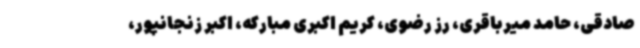
صادقی، حامد میرباقری، رز رضوی، کریم اکبری مبارکه، اکبر زنجانپور،